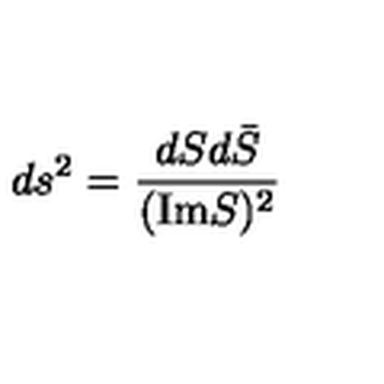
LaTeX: d s ^ { 2 } = \frac { d S d { \bar { S } } } { ( \mathrm { I m } S ) ^ { 2 } }